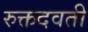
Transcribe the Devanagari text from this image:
रुक्तदवती